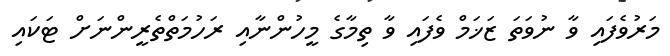
މަރުވެފައި ވާ ނުވަތަ ޒަޚަމް ވެފައި ވާ ތިމާގެ މީހުންނާއި ރަހުމަތްތެރީންނަށް ޓަކައި